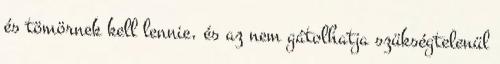
és tömörnek kell lennie, és az nem gátolhatja szükségtelenül